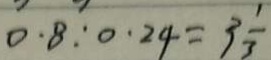
0 . 8 : 0 . 2 4 = 3 \frac { 1 } { 3 }